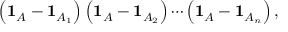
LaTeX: \left( \mathbf { 1 } _ { A } - \mathbf { 1 } _ { A _ { 1 } } \right) \left( \mathbf { 1 } _ { A } - \mathbf { 1 } _ { A _ { 2 } } \right) \cdots \left( \mathbf { 1 } _ { A } - \mathbf { 1 } _ { A _ { n } } \right) ,